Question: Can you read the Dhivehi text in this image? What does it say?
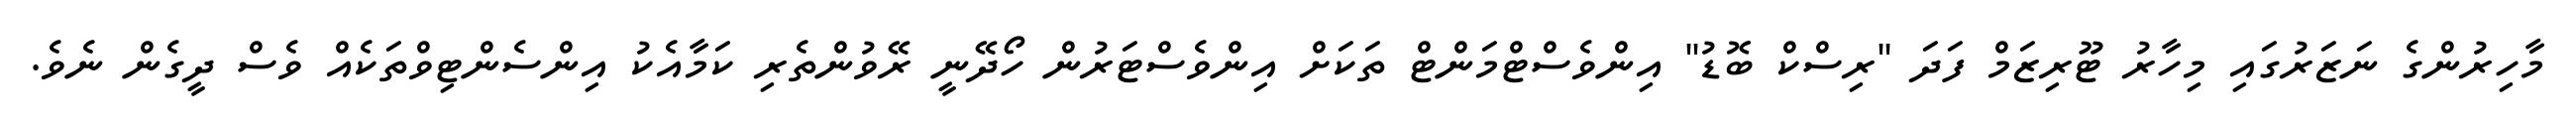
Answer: މާހިރުންގެ ނަޒަރުގައި މިހާރު ޓޫރިޒަމް ފަދަ "ރިސްކް ބޮޑު" އިންވެސްޓްމަންޓް ތަކަށް އިންވެސްޓަރުން ހޯދޭނީ ރޭވުންތެރި ކަމާއެކު އިންސެންޓިވްތަކެއް ވެސް ދީގެން ނެވެ.